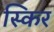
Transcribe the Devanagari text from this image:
स्किर